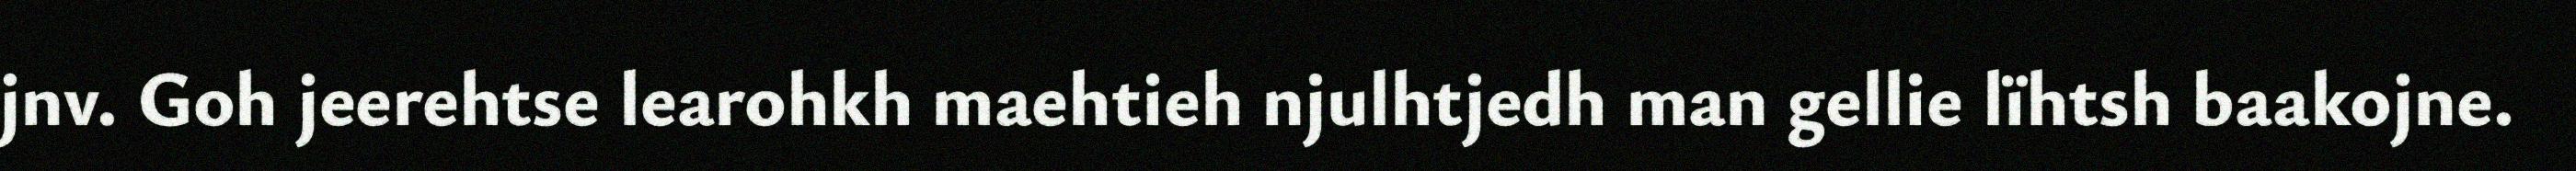
jnv. Goh jeerehtse learohkh maehtieh njulhtjedh man gellie lïhtsh baakojne.